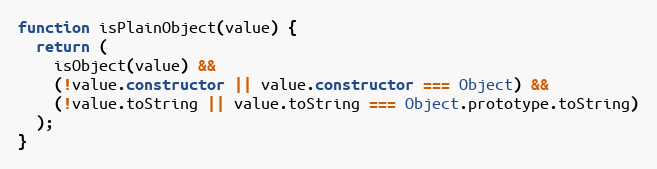
Language: JavaScript
function isPlainObject(value) {
  return (
    isObject(value) &&
    (!value.constructor || value.constructor === Object) &&
    (!value.toString || value.toString === Object.prototype.toString)
  );
}